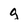
Character: g